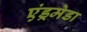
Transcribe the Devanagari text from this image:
एंड्रमेडा